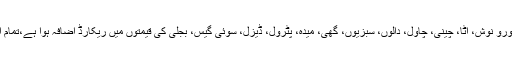
نئی حکومت آنے کے بعد1سال میں تمام اشیائے خورو نوش، آٹا، چینی، چاول، دالوں، سبزیوں، گھی، میدہ، پٹرول، ڈیزل، سوئی گیس، بجلی کی قیمتوں میں ریکارڈ اضافہ ہوا ہے،تمام اشیا غریب عوام کی قوت خریدسے باہر ہوگئی ہیں۔